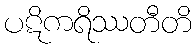
ပဋိကရိဿတီတိ